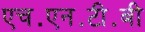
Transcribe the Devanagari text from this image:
एच॰एन॰टी॰बी